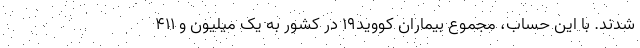
شدند. با این حساب، مجموع بیماران کووید۱۹ در کشور به یک میلیون و ۴۱۱